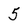
Character: 5